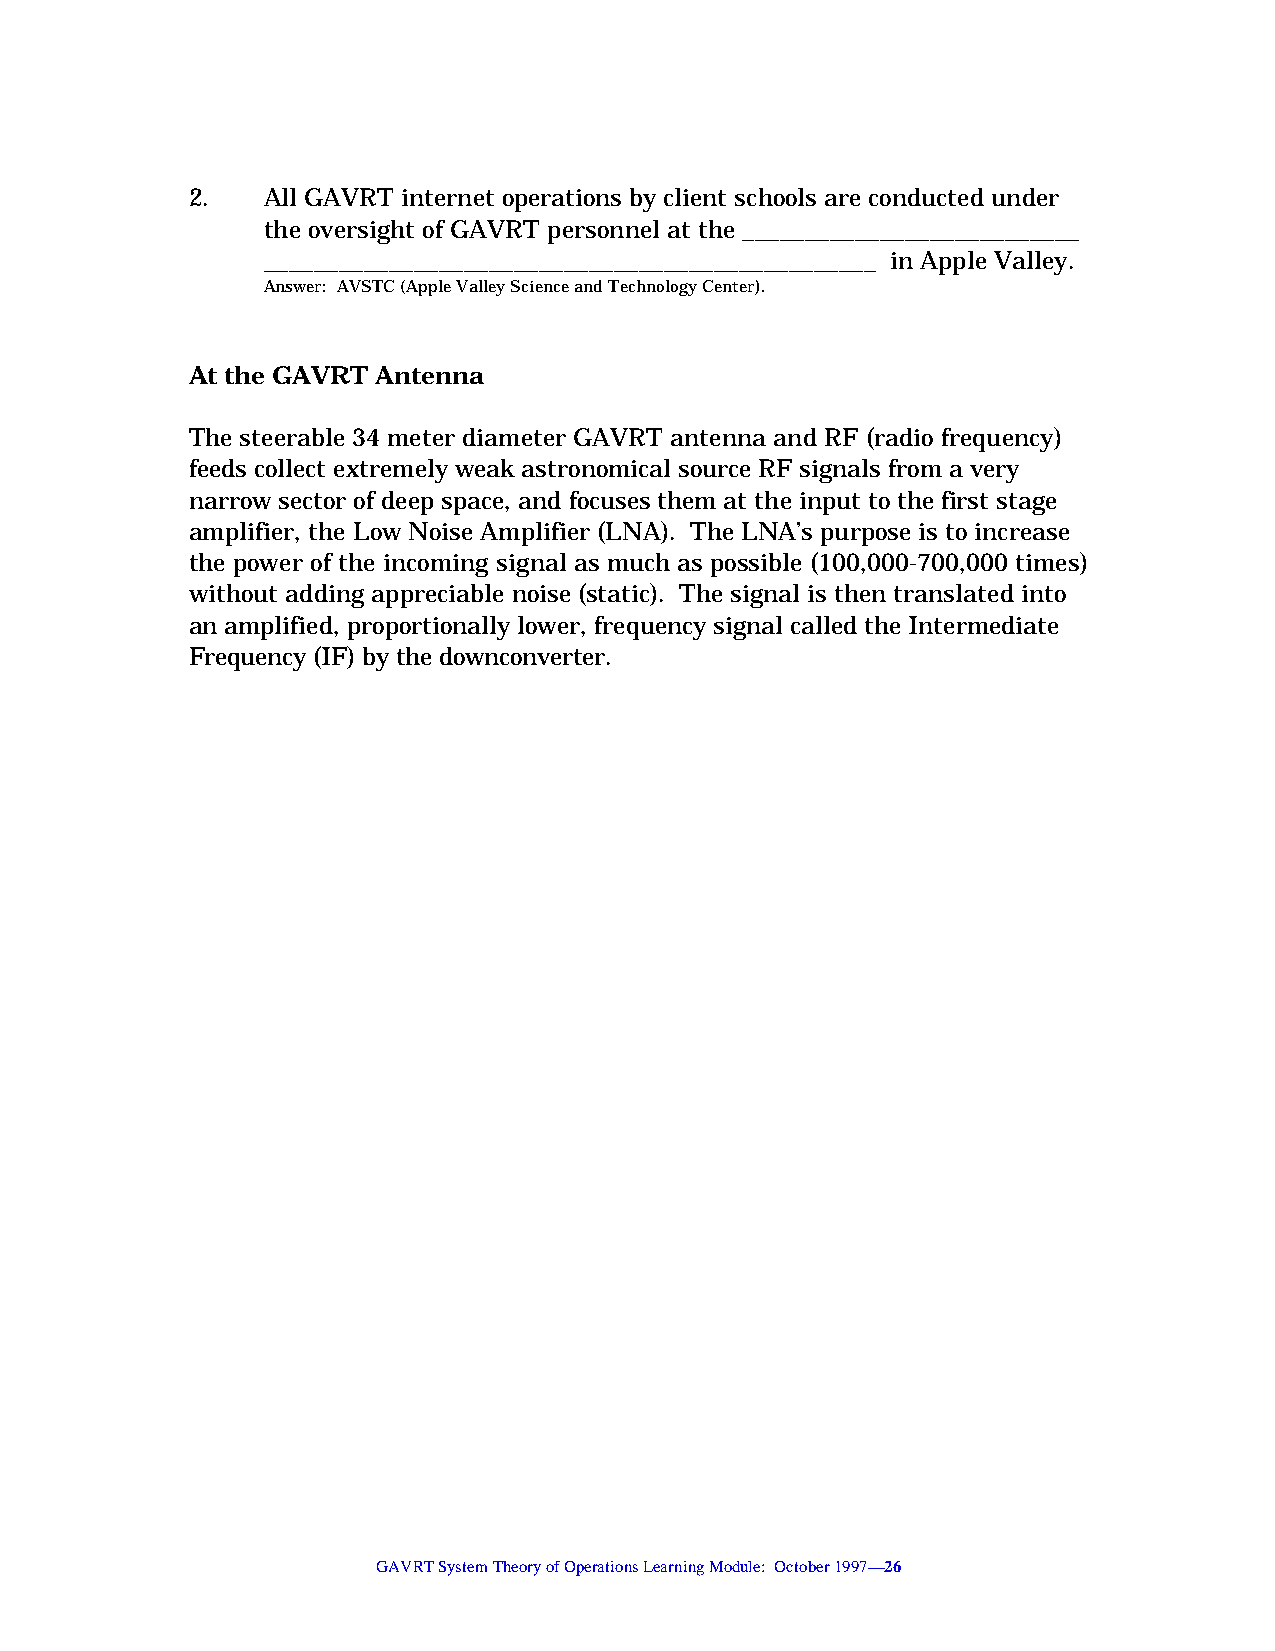
2.   All GAVRT internet operations by client schools are conducted under
 the oversight of GAVRT personnel at the ___________________________
 _________________________________________________ in Apple Valley.
 Answer: AVSTC (Apple Valley Science and Technology Center).
 At the GAVRT Antenna
 The steerable 34 meter diameter GAVRT antenna and RF (radio frequency)
 feeds collect extremely weak astronomical source RF signals from a very
 narrow sector of deep space, and focuses them at the input to the first stage
 amplifier, the Low Noise Amplifier (LNA). The LNA’s purpose is to increase
 the power of the incoming signal as much as possible (100,000-700,000 times)
 without adding appreciable noise (static). The signal is then translated into
 an amplified, proportionally lower, frequency signal called the Intermediate
 Frequency (IF) by the downconverter.
 GAVRT System Theory of Operations Learning Module: October 1997—26